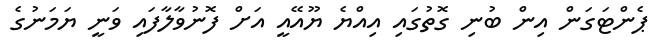
ޕެންޓަގަން އިން ބުނި ގޮތުގައި އިއްޔެ ޔޫއޭއީ އަށް ފޮނުވާލާފައި ވަނީ ޔަމަނުގެ